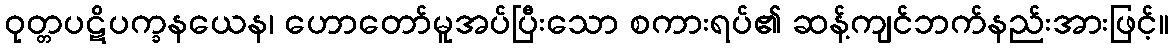
ဝုတ္တပဋိပက္ခနယေန၊ ဟောတော်မူအပ်ပြီးသော စကားရပ်၏ ဆန့်ကျင်ဘက်နည်းအားဖြင့်။